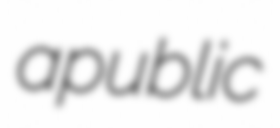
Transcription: a public